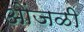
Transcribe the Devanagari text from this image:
ओंजळी